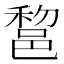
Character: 𨛫